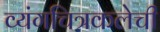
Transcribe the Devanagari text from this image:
व्यंगचित्रकलेची